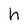
Character: h